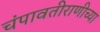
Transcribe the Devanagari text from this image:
चंपावतीराणीच्या